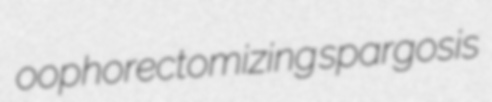
oophorectomizing spargosis